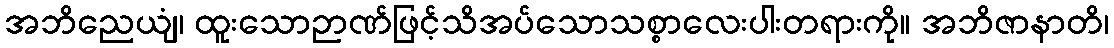
အဘိညေယျံ၊ ထူးသောဉာဏ်ဖြင့်သိအပ်သောသစ္စာလေးပါးတရားကို။ အဘိဇာနာတိ၊